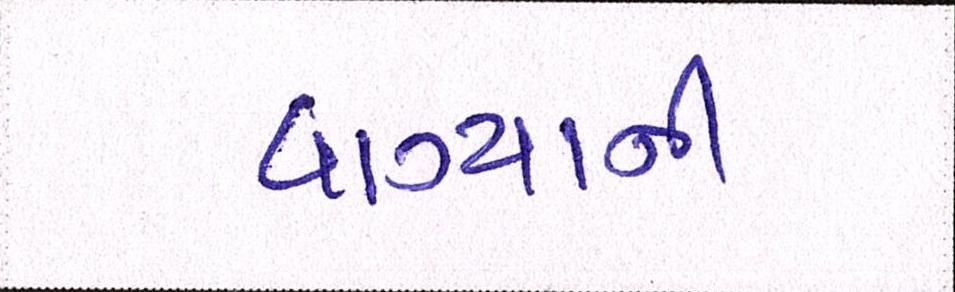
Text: વાગ્યાની